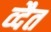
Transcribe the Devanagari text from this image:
व्दैत